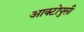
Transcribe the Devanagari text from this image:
आक्टोपुसी